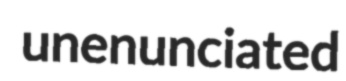
unenunciated